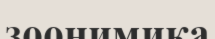
зоонимика